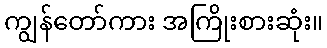
ကျွန်တော်ကား အကြိုးစားဆုံး။